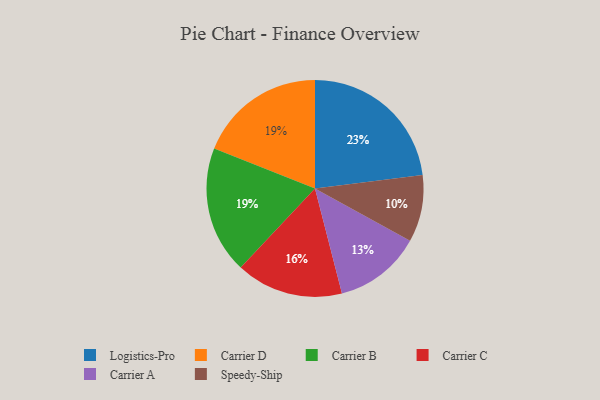
{"axis": {"x": "Category", "y": "Percentage"}, "legend": ["Carrier A", "Carrier B", "Carrier C", "Carrier D", "Logistics-Pro", "Speedy-Ship"], "data": [{"x": "Carrier C", "y": 16, "type": "Carrier C"}, {"x": "Carrier D", "y": 19, "type": "Carrier D"}, {"x": "Carrier A", "y": 13, "type": "Carrier A"}, {"x": "Speedy-Ship", "y": 10, "type": "Speedy-Ship"}, {"x": "Carrier B", "y": 19, "type": "Carrier B"}, {"x": "Logistics-Pro", "y": 23, "type": "Logistics-Pro"}]}